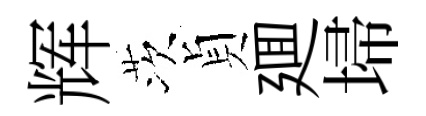
辉茨貞廽埽